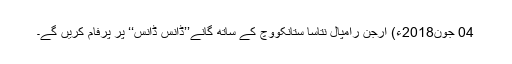
04 جون2018ء) ارجن رامپال نتاسا ستانکووچ کے ساتھ گانے’’ڈانس ڈانس‘‘ پر پرفام کریں گے۔